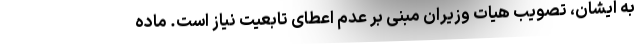
به ایشان، تصویب هیات وزیران مبنی بر عدم اعطای تابعیت نیاز است. ماده